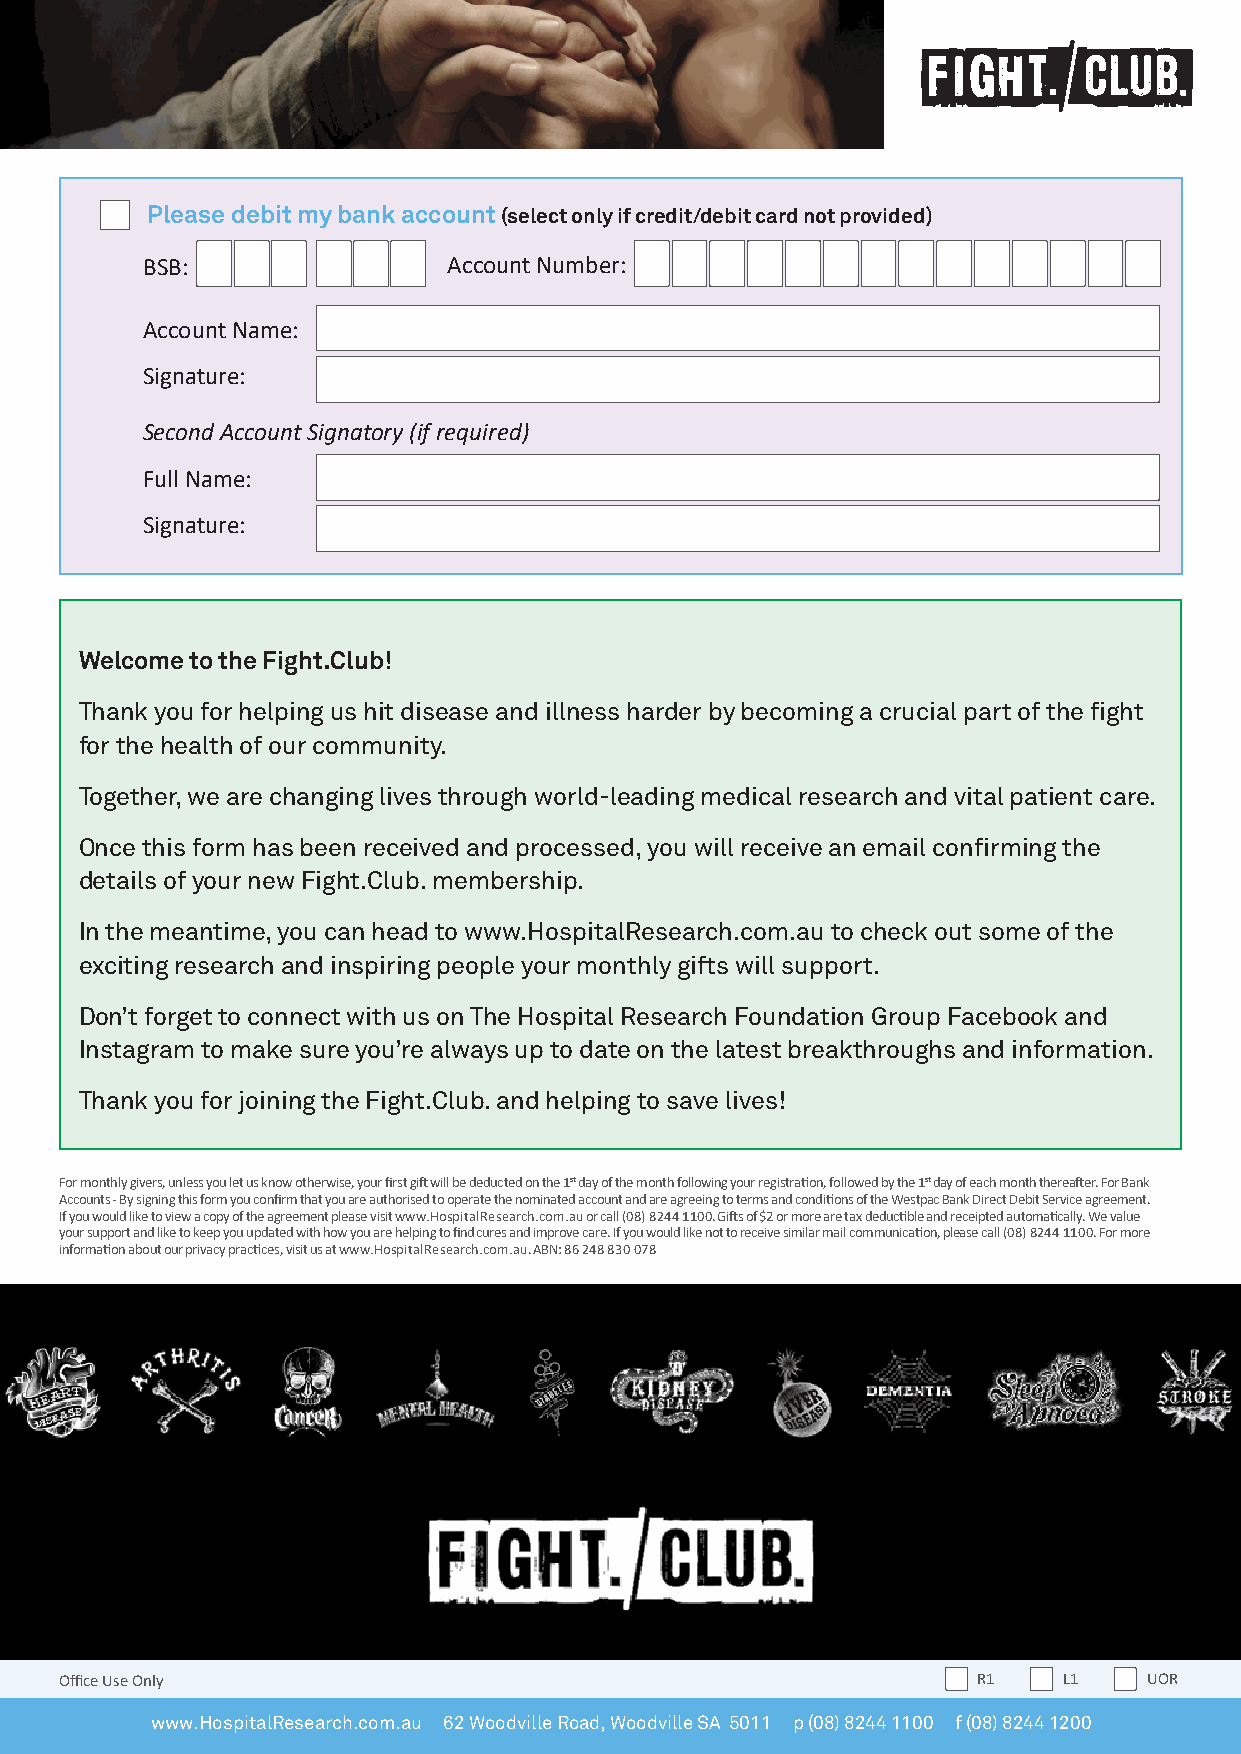
Please debit my bank account (select only if credit/debit card not provided)
 BSB:                 Account Number:
 Account Name:
 Signature:
 Second Account Signatory (if required)
 Full Name:
 Signature:
 Welcome to the Fight.Club!
 Thank you for helping us hit disease and illness harder by becoming a crucial part of the fight
 for the health of our community.
 Together, we are changing lives through world-leading medical research and vital patient care.
 Once this form has been received and processed, you will receive an email confirming the
 details of your new Fight.Club. membership.
 In the meantime, you can head to www.HospitalResearch.com.au to check out some of the
 exciting research and inspiring people your monthly gifts will support.
 Don’t forget to connect with us on The Hospital Research Foundation Group Facebook and
 Instagram to make sure you’re always up to date on the latest breakthroughs and information.
 Thank you for joining the Fight.Club. and helping to save lives!
 For monthly givers, unless you let us know otherwise, your first gift will be deducted on the 1st day of the month following your registration, followed by the 1st day of each month thereafter. For Bank
 Accounts - By signing this form you confirm that you are authorised to operate the nominated account and are agreeing to terms and conditions of the Westpac Bank Direct Debit Service agreement.
 If you would like to view a copy of the agreement please visit www.HospitalResearch.com.au or call (08) 8244 1100. Gifts of $2 or more are tax deductible and receipted automatically. We value
 your support and like to keep you updated with how you are helping to find cures and improve care. If you would like not to receive similar mail communication, please call (08) 8244 1100. For more
 information about our privacy practices, visit us at www.HospitalResearch.com.au. ABN: 86 248 830 078
 Office Use Only                                              R1   L1    UOR
 www.HospitalResearch.com.au 62 Woodville Road, Woodville SA 5011 p (08) 8244 1100 f (08) 8244 1200